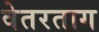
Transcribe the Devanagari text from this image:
वेतरताग